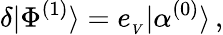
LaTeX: \delta|\Phi^{(1)}\rangle=e_{_V}|\alpha^{(0)}\rangle\, ,